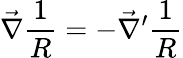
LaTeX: \vec{\nabla}\frac{1}{R}=-\vec{\nabla}^{\prime}\frac{1}{R}